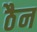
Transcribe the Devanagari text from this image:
ठैन